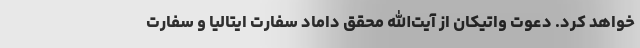
خواهد کرد. دعوت واتیکان از آیت‌الله محقق داماد سفارت ایتالیا و سفارت